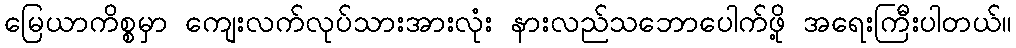
မြေယာကိစ္စမှာ ကျေးလက်လုပ်သားအားလုံး နားလည်သဘောပေါက်ဖို့ အရေးကြီးပါတယ်။